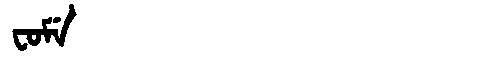
Manchu: ᠸᠣᠮᡝ
Romanization: FOME